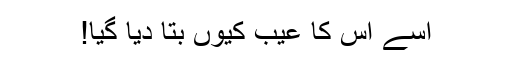
اسے اس کا عیب کیوں بتا دیا گیا!